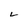
Character: L